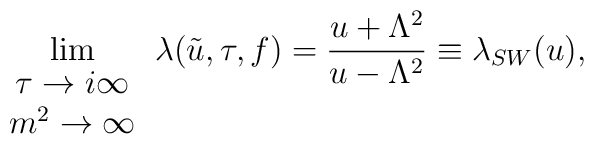
\lim_{\begin{array}{c}\tau \rightarrow i \infty \\                        m^{2} \rightarrow \infty      \end{array}}   \lambda (\tilde{u},\tau,f)=      \frac {u + \Lambda^{2}}{u- \Lambda^{2}} \equiv \lambda_{SW}(u),